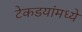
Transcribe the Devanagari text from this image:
टेकडयांमध्ये